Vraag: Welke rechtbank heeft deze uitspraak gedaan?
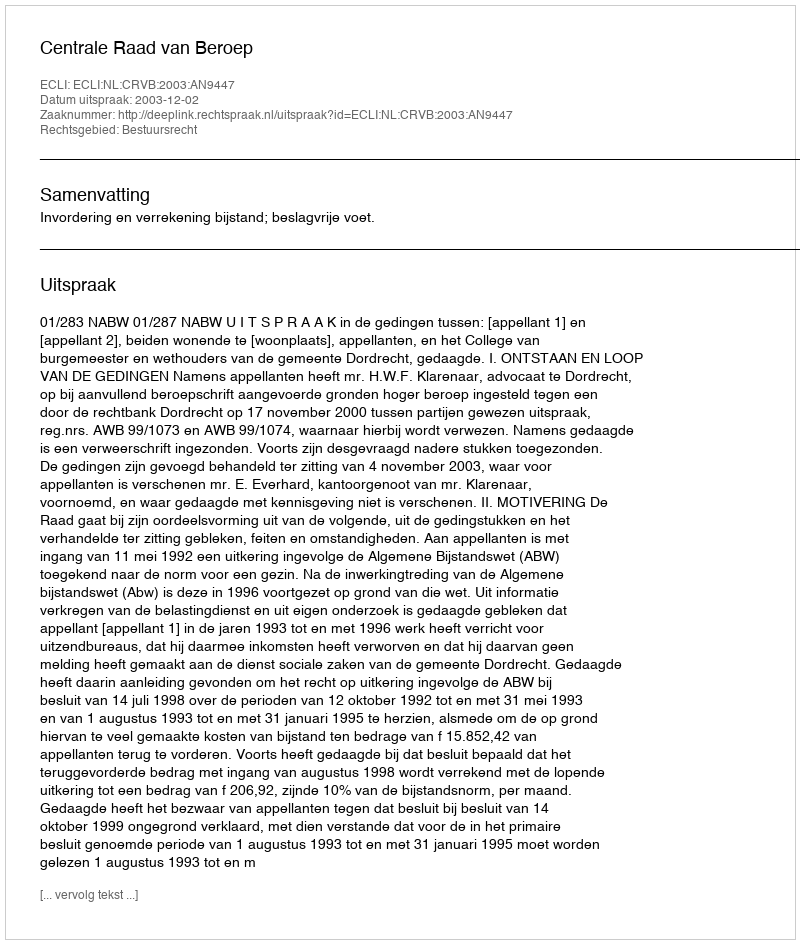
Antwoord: Centrale Raad van Beroep